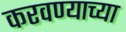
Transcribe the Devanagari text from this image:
करवण्याच्या